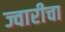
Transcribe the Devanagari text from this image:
ज्वारीचा